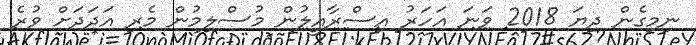
ނިމިގެން ދިޔަ 2018 ވަނަ އަހަރު އިސްރާއީލުން މުސްލިމުން މެރި އަދަދަށް ވުރެ